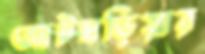
আটঘড়িয়ার